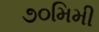
૭૦મિમી